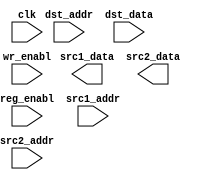
/*******************************************************************************************/
/**                                                                                       **/
/** Copyright 2021 Monte J. Dalrymple                                                     **/
/**                                                                                       **/
/** SPDX-License-Identifier: Apache-2.0 WITH SHL-2.1                                      **/
/**                                                                                       **/
/** Licensed under the Solderpad Hardware License v 2.1 (the License); you may not use  **/
/** this file except in compliance with the License, or, at your option, the Apache       **/
/** License version 2.0. You may obtain a copy of the License at                          **/
/**                                                                                       **/
/** https://solderpad.org/licenses/SHL-2.1/                                               **/
/**                                                                                       **/
/** Unless required by applicable law or agreed to in writing, any work distributed under **/
/** the License is distributed on an AS IS BASIS, WITHOUT WARRANTIES OR CONDITIONS OF   **/
/** ANY KIND, either express or implied. See the License for the specific language        **/
/** governing permissions and limitations under the License.                              **/
/**                                                                                       **/
/** instantiated register file                                        Rev 0.0  03/29/2021 **/
/**                                                                                       **/
/*******************************************************************************************/
module inst_reg  (src1_data, src2_data, clk, dst_addr, dst_data, reg_enabl, src1_addr,
                  src2_addr, wr_enabl);

  input         clk;                                       /* cpu clock                    */
  input         reg_enabl;                                 /* register enable              */
  input         wr_enabl;                                  /* write enable                 */
  input   [4:0] dst_addr;                                  /* dst address                  */
  input   [4:0] src1_addr;                                 /* src1 address                 */
  input   [4:0] src2_addr;                                 /* src2 address                 */
  input  [31:0] dst_data;                                  /* dst write data               */

  output [31:0] src1_data;                                 /* rs1 read data                */
  output [31:0] src2_data;                                 /* rs2 read data                */

  /*****************************************************************************************/
  /* signal declarations                                                                   */
  /*****************************************************************************************/
  wire   [31:0] src1_data,    src2_data;                   /* read data                    */

`ifdef ICE40_VERSION
  /*****************************************************************************************/
  /* Lattice memory                                                                        */
  /*****************************************************************************************/
  SB_RAM256x16 RAM1L  ( .RDATA(src1_data[15:0]), .RADDR({3'b0, src1_addr}), .RCLK(clk),
                        .RCLKE(reg_enabl), .RE(reg_enabl), .WADDR({3'b0, dst_addr}),
                        .WCLK(clk), .WCLKE(reg_enabl), .WDATA(dst_data[15:0]),
                        .WE(wr_enabl), .MASK(16'h0) );

  SB_RAM256x16 RAM1H  ( .RDATA(src1_data[31:16]), .RADDR({3'b0, src1_addr}), .RCLK(clk),
                        .RCLKE(reg_enabl), .RE(reg_enabl), .WADDR({3'b0, dst_addr}),
                        .WCLK(clk), .WCLKE(reg_enabl), .WDATA(dst_data[31:16]),
                        .WE(wr_enabl), .MASK(16'h0) );

  SB_RAM256x16 RAM2L  ( .RDATA(src2_data[15:0]), .RADDR({3'b0, src2_addr}), .RCLK(clk),
                        .RCLKE(reg_enabl), .RE(reg_enabl), .WADDR({3'b0, dst_addr}),
                        .WCLK(clk), .WCLKE(reg_enabl), .WDATA(dst_data[15:0]),
                        .WE(wr_enabl), .MASK(16'h0) );

  SB_RAM256x16 RAM2H  ( .RDATA(src2_data[31:16]), .RADDR({3'b0, src2_addr}), .RCLK(clk),
                        .RCLKE(reg_enabl), .RE(reg_enabl), .WADDR({3'b0, dst_addr}),
                        .WCLK(clk), .WCLKE(reg_enabl), .WDATA(dst_data[31:16]),
                        .WE(wr_enabl), .MASK(16'h0) );

`endif  // ICE40_VERSION

`ifdef SERIES7_VERSION
  /*****************************************************************************************/
  /* Xilinx memory                                                                         */
  /*****************************************************************************************/
  BRAM_SDP_MACRO     #( .BRAM_SIZE("18Kb"), .DEVICE("7SERIES"), .WRITE_WIDTH(32),
                        .READ_WIDTH(32), .SIM_COLLISION_CHECK("NONE"),
                        .WRITE_MODE("READ_FIRST") )
                RAM_1 ( .DO(src1_data), .DI(dst_data), .RDADDR({4'h0, src1_addr}),
                        .RDCLK(clk), .RDEN(reg_enabl), .REGCE(1'b1), .RST(1'b0),
                        .WE({4{wr_enabl}}), .WRADDR({4'h0, dst_addr}), .WRCLK(clk),
                        .WREN(reg_enabl) );

  BRAM_SDP_MACRO     #( .BRAM_SIZE("18Kb"), .DEVICE("7SERIES"), .WRITE_WIDTH(32),
                        .READ_WIDTH(32), .SIM_COLLISION_CHECK("NONE"),
                        .WRITE_MODE("READ_FIRST") )
                RAM_2 ( .DO(src2_data), .DI(dst_data), .RDADDR({4'h0, src2_addr}),
                        .RDCLK(clk), .RDEN(reg_enabl), .REGCE(1'b1), .RST(1'b0),
                        .WE({4{wr_enabl}}), .WRADDR({4'h0, dst_addr}), .WRCLK(clk),
                        .WREN(reg_enabl) );

`endif  // SERIES7_VERSION

  endmodule